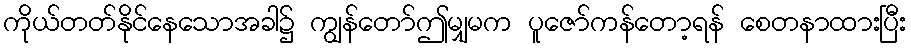
ကိုယ်တတ်နိုင်နေသောအခါ၌ ကျွန်တော်ဤမျှမက ပူဇော်ကန်တော့ရန် စေတနာထားပြီး